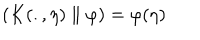
\left( K ( . , \eta ) \parallel \varphi \right) = \varphi ( \eta )